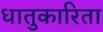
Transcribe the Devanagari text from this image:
धातुकारिता